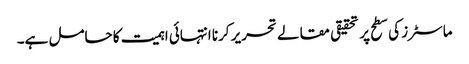
ماسٹرز کی سطح پر تحقیقی مقالے تحریر کرنا انتہائی اہمیت کا حامل ہے۔